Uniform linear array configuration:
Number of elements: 8
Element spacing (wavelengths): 1
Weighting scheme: hann
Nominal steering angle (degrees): -45
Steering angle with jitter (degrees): -43.869
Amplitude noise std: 0.05
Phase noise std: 0.05

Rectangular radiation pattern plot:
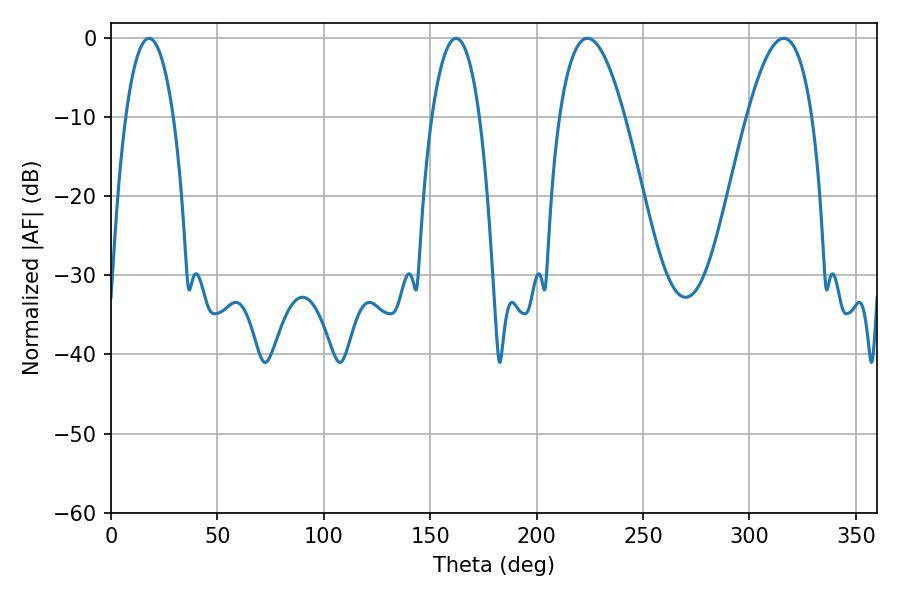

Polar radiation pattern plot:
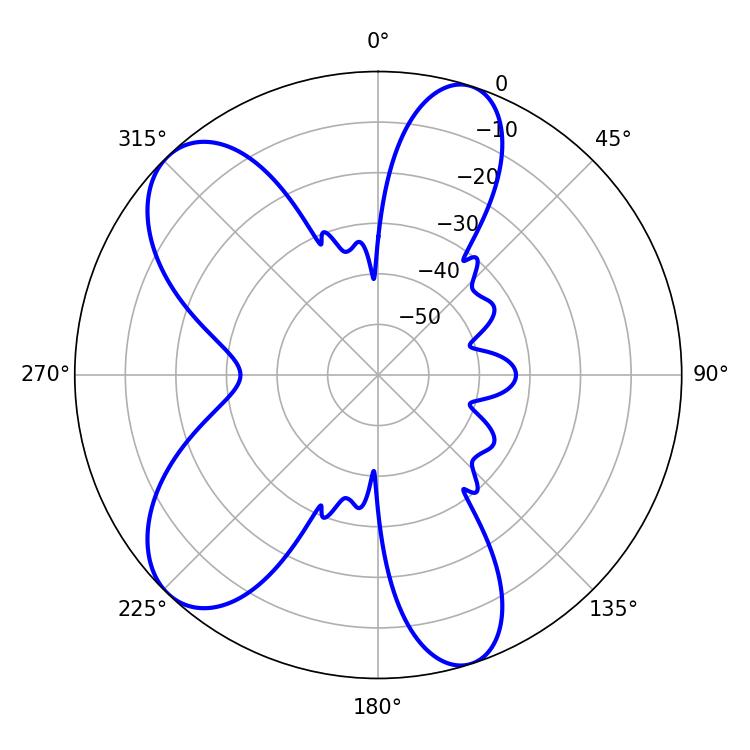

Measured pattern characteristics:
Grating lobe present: TRUE
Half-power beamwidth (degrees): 16.74
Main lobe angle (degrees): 223.92